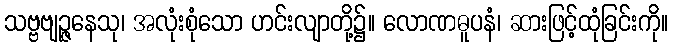
သဗ္ဗဗျဉ္ဇနေသု၊ အလုံးစုံသော ဟင်းလျာတို့၌။ လောဏဓူပနံ၊ ဆားဖြင့်ထုံခြင်းကို။